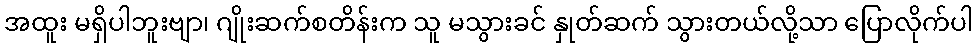
အထူး မရှိပါဘူးဗျာ၊ ဂျိုးဆက်စတိန်းက သူ မသွားခင် နှုတ်ဆက် သွားတယ်လို့သာ ပြောလိုက်ပါ